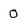
Character: O